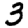
Digit: 3